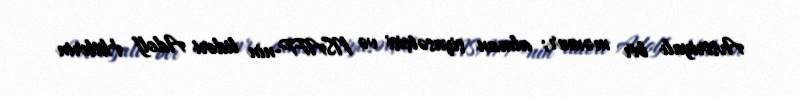
Avstriyalı bir məmur; alman siyasətçisi və NSAFP-nin lideri Adolf Hitlerin